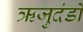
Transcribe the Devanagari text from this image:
ऋजुदंडों